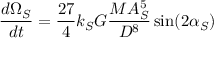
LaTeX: { \frac { d \Omega _ { S } } { d t } } = { \frac { 2 7 } { 4 } } k _ { S } G { \frac { M A _ { S } ^ { 5 } } { D ^ { 8 } } } \sin ( 2 \alpha _ { S } )